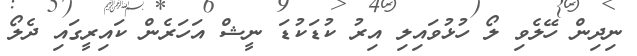
ނިދިން ހޭލެވި ލޯ ހުޅުވައިލި އިރު ކުޑަކުޑަ ނީޝް އަހަރެން ކައިރީގައި ދެލޯ